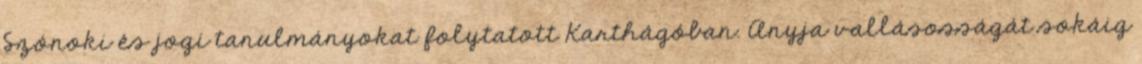
Szónoki és jogi tanulmányokat folytatott Karthágóban. Anyja vallásosságát sokáig